Vaccination in Bombay 1856-1862 - 1856-1862
Year: 1856
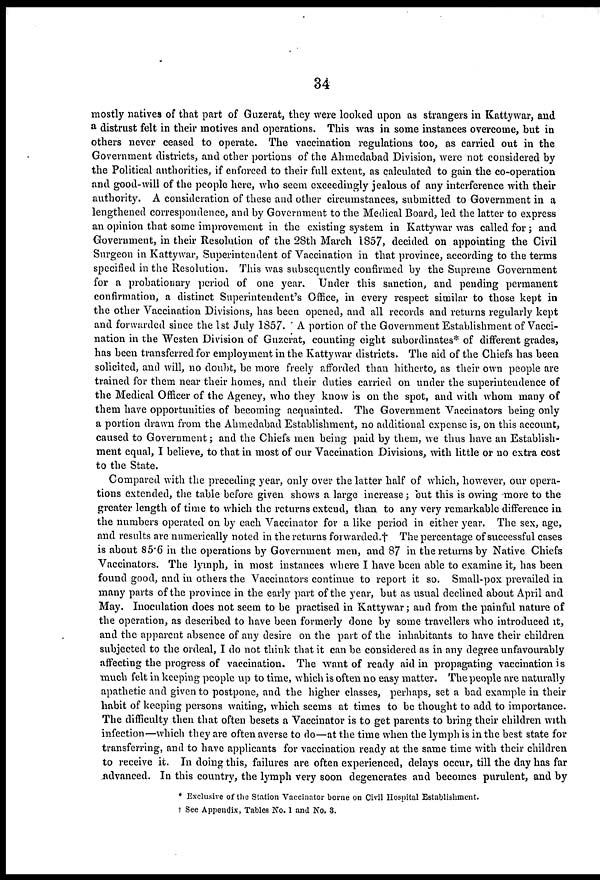
34
mostly natives of that part of Guzerat, they were looked upon as strangers in Kattywar, and
a distrust felt in their motives and operations. This was in some instances overcome, but in
others never ceased to operate. The vaccination regulations too, as carried out in the
Government districts, and other portions of the Ahmedabad Division, were not considered by
the Political authorities, if enforced to their full extent, as calculated to gain the co-operation
and good-will of the people here, who seem exceedingly jealous of any interference with their
authority. A consideration of these and other circumstances, submitted to Government in a
lengthened correspondence, and by Government to the Medical Board, led the latter to express
an opinion that some improvement in the existing system in Kattywar was called for ; and
Government, in their Resolution of the 28th March 1857, decided on appointing the Civil
Surgeon in Kattywar, Superintendent of Vaccination in that province, according to the terms
specified in the Resolution. This was subsequently confirmed by the Supreme Government
for a probationary period of one year. Under this sanction, and pending permanent
confirmation, a distinct Superintendent's Office, in every respect similar to those kept in
the other Vaccination Divisions, has been opened, and all records and returns regularly kept
and forwarded since the 1st July 1857. ' A portion of the Government Establishment of Vacci-
nation in the Westen Division of Guzerat, counting eight subordinates* of different grades,
has been transferred for employment in the Kattywar districts. The aid of the Chiefs has been
solicited, and will, no doubt, be more freely afforded than hitherto, as their own people are
trained for them near their homes, and their duties carried on under the superintendence of
the Medical Officer of the Agency, who they know is on the spot, and with whom many of
them have opportunities of becoming acquainted. The Government Vaccinators being only
a portion drawn from the Ahmedabad Establishment, no additional expense is, on this account,
caused to Government; and the Chiefs men being paid by them, we thus have an Establish-
ment equal, I believe, to that in most of our Vaccination Divisions, with little or no extra cost
to the State.
Compared with the preceding year, only over the latter half of which, however, our opera-
tions extended, the table before given shows a large increase; but this is owing more to the
greater length of time to which the returns extend, than to any very remarkable difference in
the numbers operated on by each Vaccinator for a like period in either year. The sex, age,
and results are numerically noted in the returns forwarded.† The percentage of successful cases
is about 85.6 in the operations by Government men, and 87 in the returns by Native Chiefs
Vaccinators. The lymph, in most instances where I have been able to examine it, has been
found good, and in others the Vaccinators continue to report it so. Small-pox prevailed in
many parts of the province in the early part of the year, but as usual declined about April and
May. Inoculation does not seem to be practised in Kattywar; and from the painful nature of
the operation, as described to have been formerly done by some travellers who introduced it,
and the apparent absence of any desire on the part of the inhabitants to have their children
subjected to the ordeal, I do not think that it can be considered as in any degree unfavourably
affecting the progress of vaccination. The want of ready aid in propagating vaccination is
much felt in keeping people up to time, which is often no easy matter. The people are naturally
apathetic and given to postpone, and the higher classes, perhaps, set a bad example in their
habit of keeping persons waiting, which seems at times to be thought to add to importance.
The difficulty then that often besets a Vaccinator is to get parents to bring their children with
infection—which they are often averse to do—at the time when the lymph is in the best state for
transferring, and to have applicants for vaccination ready at the same time with their children
to receive it. In doing this, failures are often experienced, delays occur, till the day has far
advanced. In this country, the lymph very soon degenerates and becomes purulent, and by
* Exclusive of the Station Vaccinator borne on Civil Hospital Establishment.
† See Appendix, Tables No. 1 and No. 3.